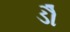
ડૌ